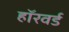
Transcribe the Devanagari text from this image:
हॉरवर्ड